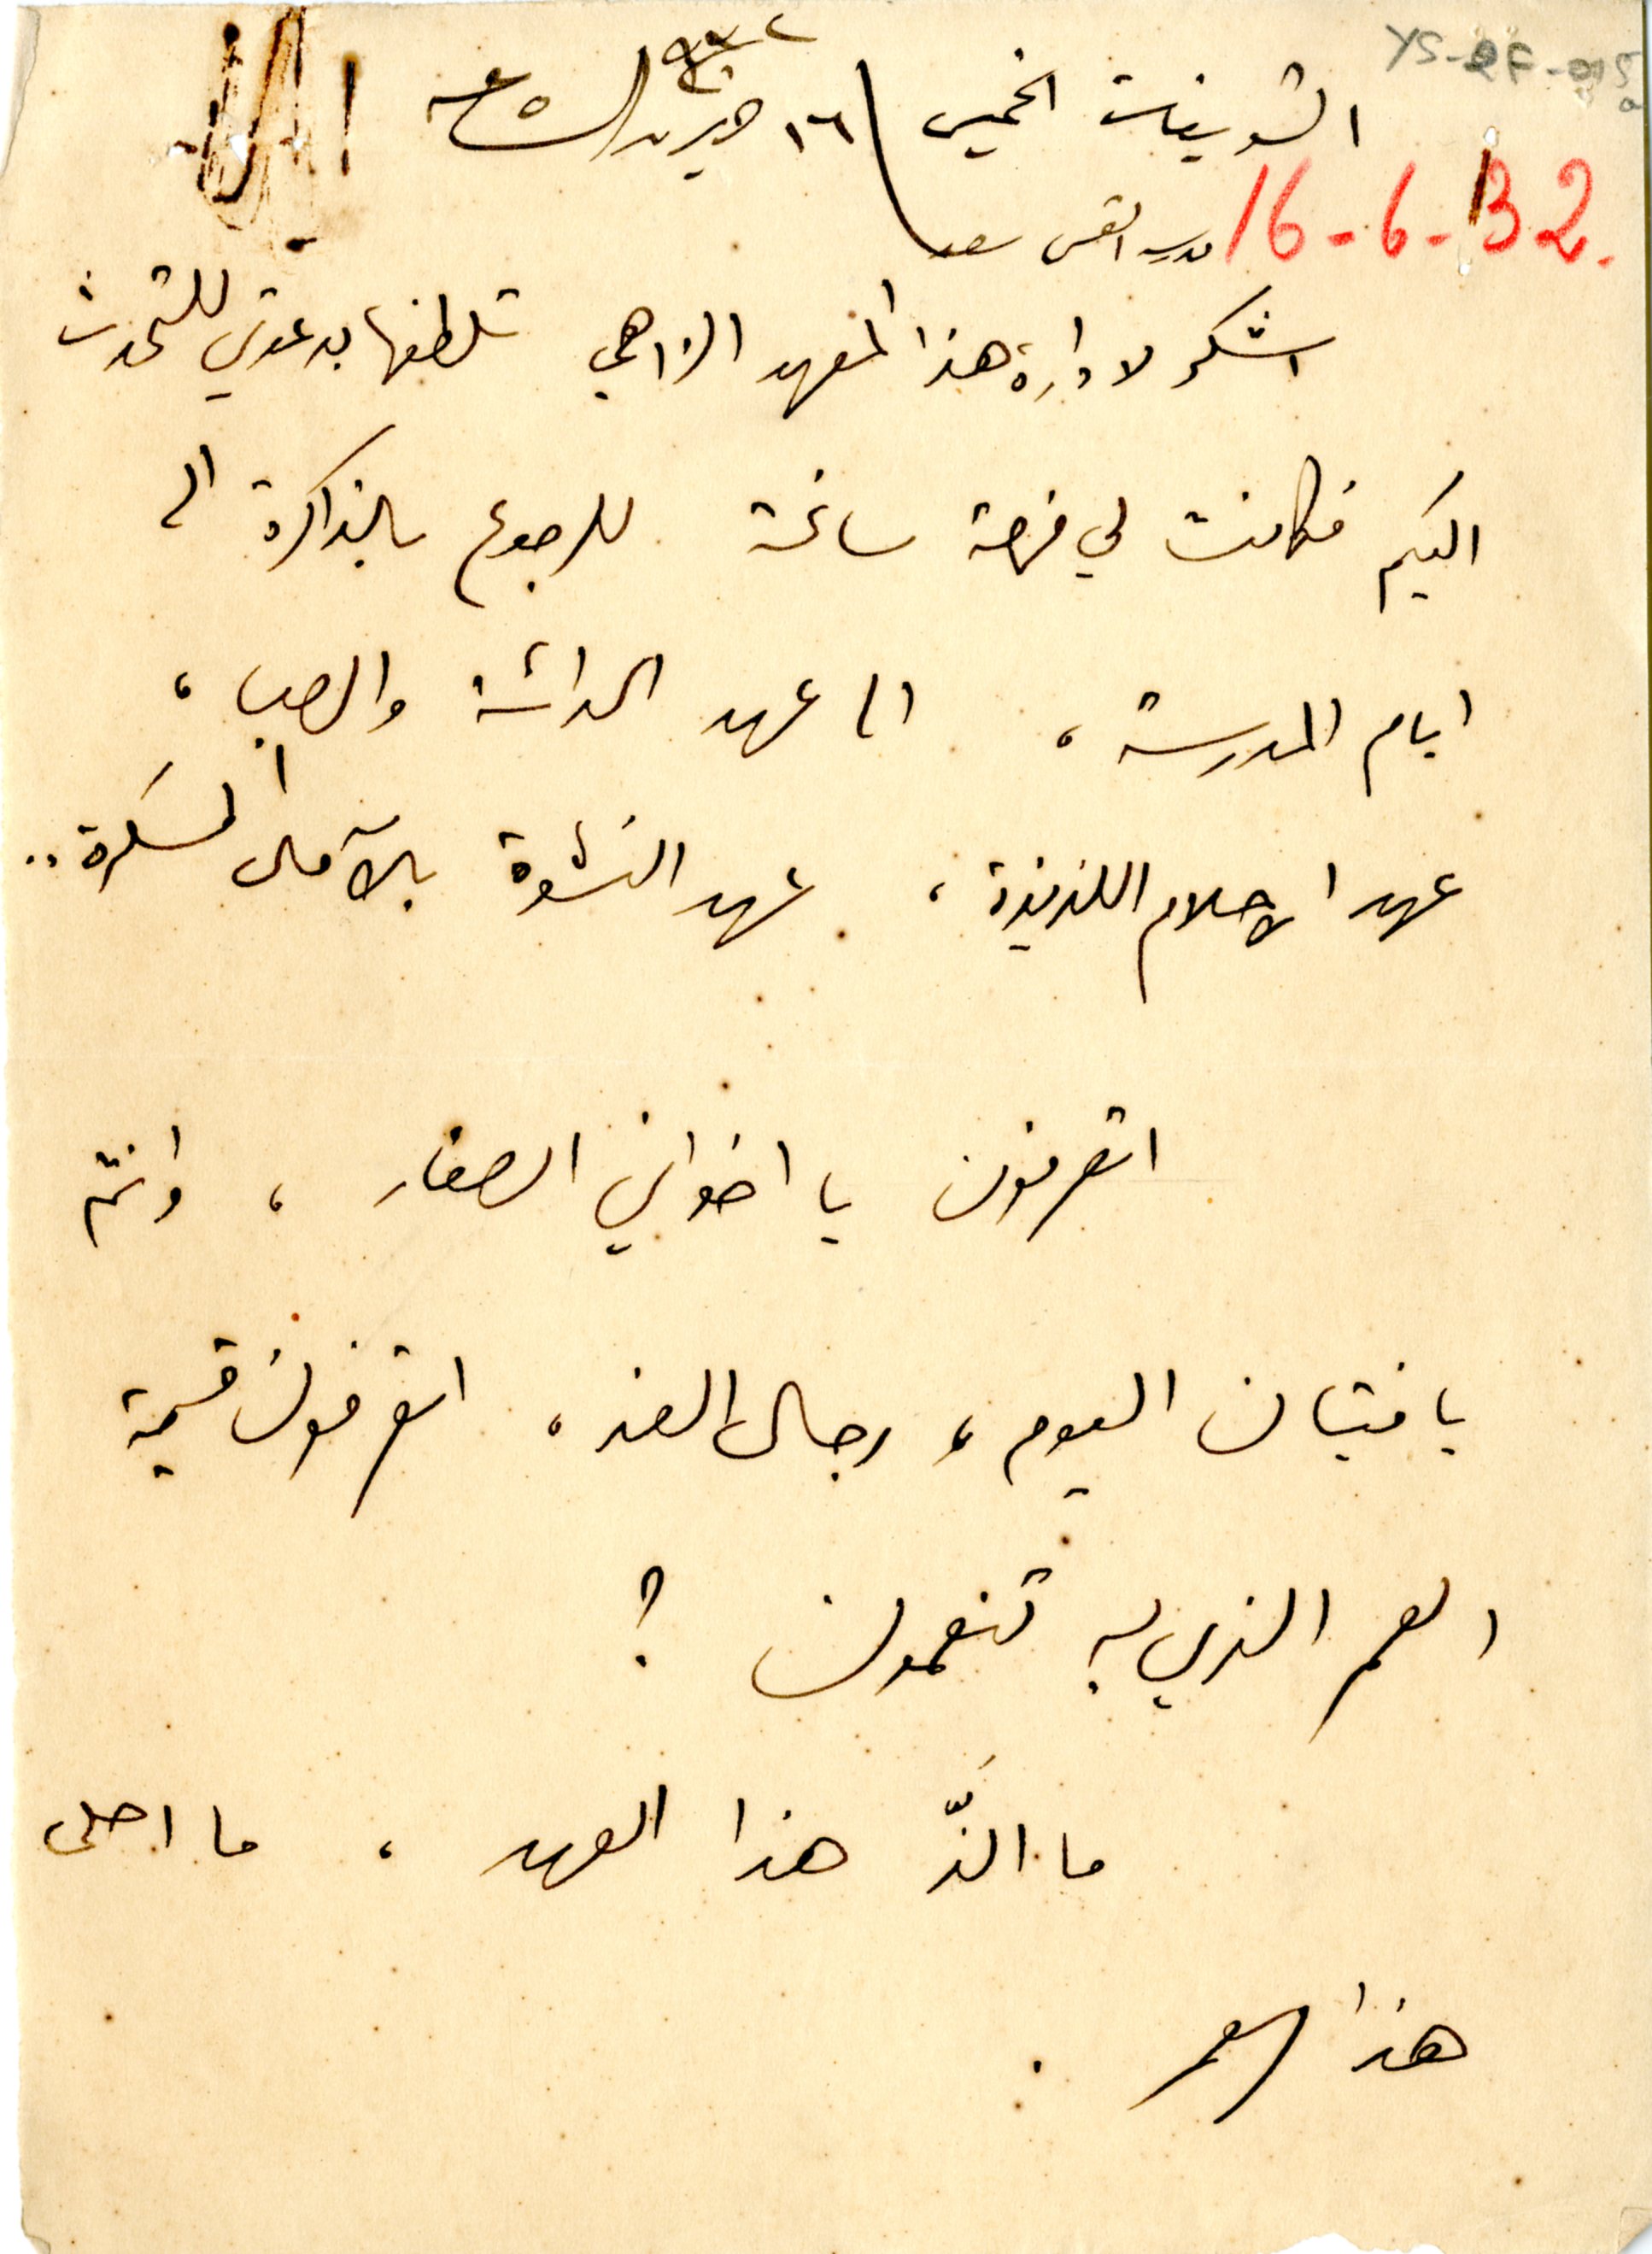
YS_2F_015a	١٦-٦-٣٢.
الشويفات الخميس \ ١٦ حزيران سنة ٩٣٢ الساعه ٥
مدرسة القس سعد
اشكر لادارة هذا المعهد الادهمي تلطفها بدعوتي للتحدث
اليكم فكانت لي فرصة سانحة للرجوع بالذاكرة الى
ايام المدرسة، الى عهد الحداثة والصبا،
عهد الاحلام اللذيذة، عهد النشوة بالآمال المسكرة..
اتعرفون يا اخواني الصغار، وانتم
يا فتيان اليوم، رجال الغد، اتعرفون قيمة
العمر الذي به تنعمون ؟
ما الَذَ هذا العهد. ما احلى
هذا العمر.